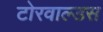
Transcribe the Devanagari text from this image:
टोरवाल्डस